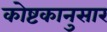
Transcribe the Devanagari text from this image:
कोष्टकानुसार